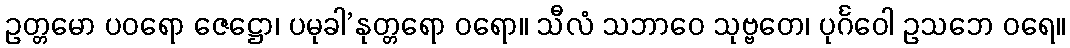
ဥတ္တမော ပဝရော ဇေဋ္ဌော၊ ပမုခါ’နုတ္တရော ဝရော။ သီလံ သဘာဝေ သုဗ္ဗတေ၊ ပုင်္ဂဝေါ ဥသဘေ ဝရေ။